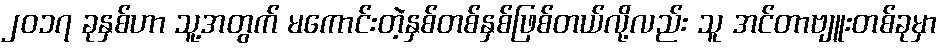
၂၀၁၇ ခုနှစ်ဟာ သူ့အတွက် မကောင်းတဲ့နှစ်တစ်နှစ်ဖြစ်တယ်လို့လည်း သူ အင်တာဗျူးတစ်ခုမှာ